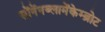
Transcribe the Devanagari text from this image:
सोंनेंनब्लामेंकेम्ब्रोट